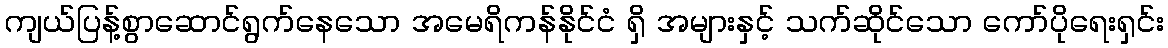
ကျယ်ပြန့်စွာဆောင်ရွက်နေသော အမေရိကန်နိုင်ငံ ရှိ အများနှင့် သက်ဆိုင်သော ကော်ပိုရေးရှင်း